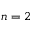
n = 2